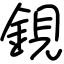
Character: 鋧